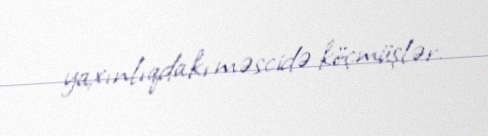
yaxınlıqdakı məscidə köçmüşlər.